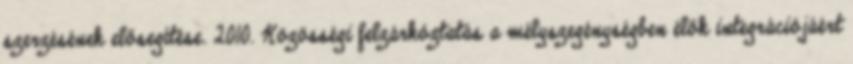
szerzésének elősegítése. 2010. Közösségi felzárkóztatás a mélyszegénységben élők integrációjáért